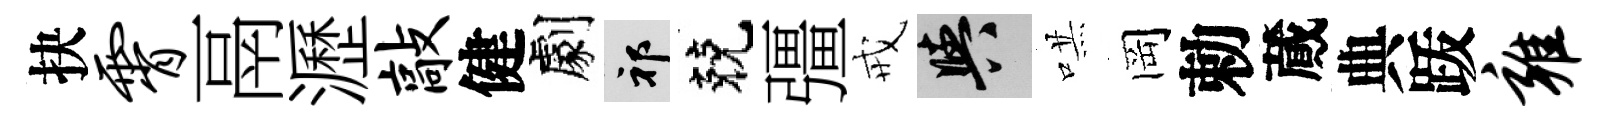
抉霄鬲瀝敲健劇祁兢彊戒阳哄岡勅蕆典䟦雍